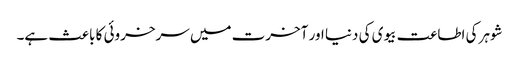
شوہر کی اطاعت بیوی کی دنیا اور آخرت میں سرخروئی کا باعث ہے۔